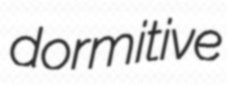
dormitive